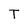
Character: T